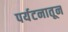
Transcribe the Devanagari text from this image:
पर्यटनातून